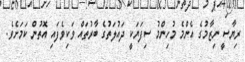
ރިޔާސީ ނިޒާމުގެ އެންމެ މުހިންމު ސިފަޔަކީ ދައުލަތުގެ ބާރުތައް ވަކިވެފައި އޮތުން ކަމަށެވެ.